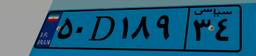
۵۰D۱۸۹۳۴